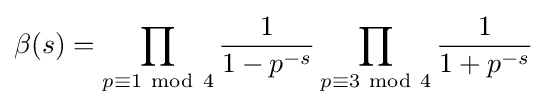
\beta (s)=\prod _{p\equiv 1\ \mathrm {mod} \ 4}{\frac {1}{1-p^{-s}}}\prod _{p\equiv 3\ \mathrm {mod} \ 4}{\frac {1}{1+p^{-s}}}